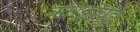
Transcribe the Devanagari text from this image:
कारंडव्यूह